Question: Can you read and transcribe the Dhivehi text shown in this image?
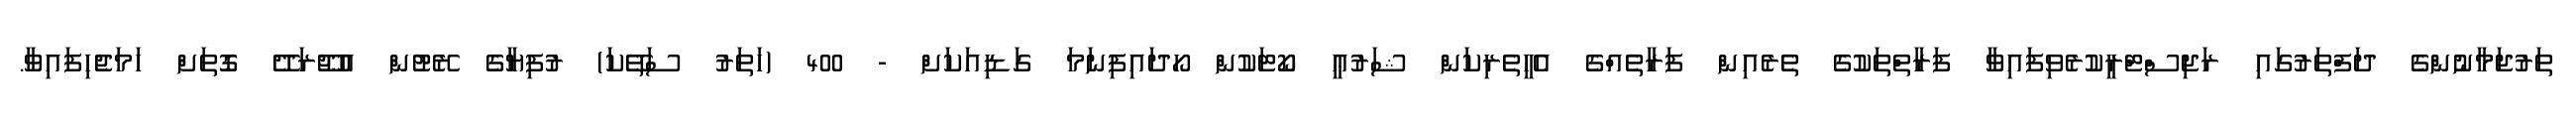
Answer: ތަރުޖަމާނުންގެ ދަފްތަރުގައި ރަޖިސްޓްރީކުރެވިފައިވާ ފަރާތްތަކުގެ ތެރެއިން ފަރާތެއްގެ އެހީތެރިކަން ޝަރުޢީ ކޯޓަކުން ހޯދައިފިނަމަ ގަޑިއަކަށް - 400 (ހަތަރު ސަތޭކަ) ރުފިޔާގެ ރޭޓުން އުޖޫރަދޭ ގޮތަށް ހަމަޖެހިފައިވާ.